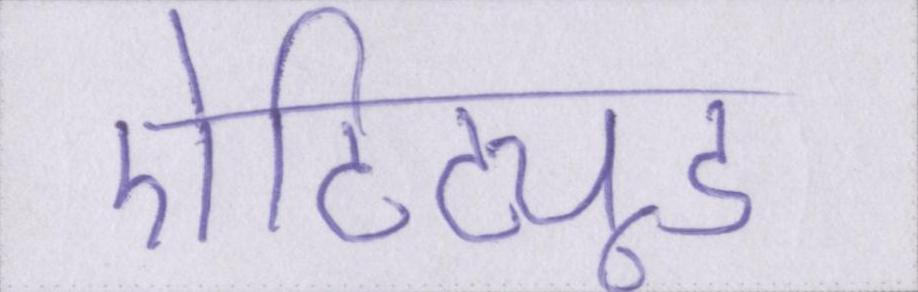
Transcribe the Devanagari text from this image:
ऐटिट्यूड